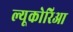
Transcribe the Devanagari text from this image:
ल्यूकोरिआ